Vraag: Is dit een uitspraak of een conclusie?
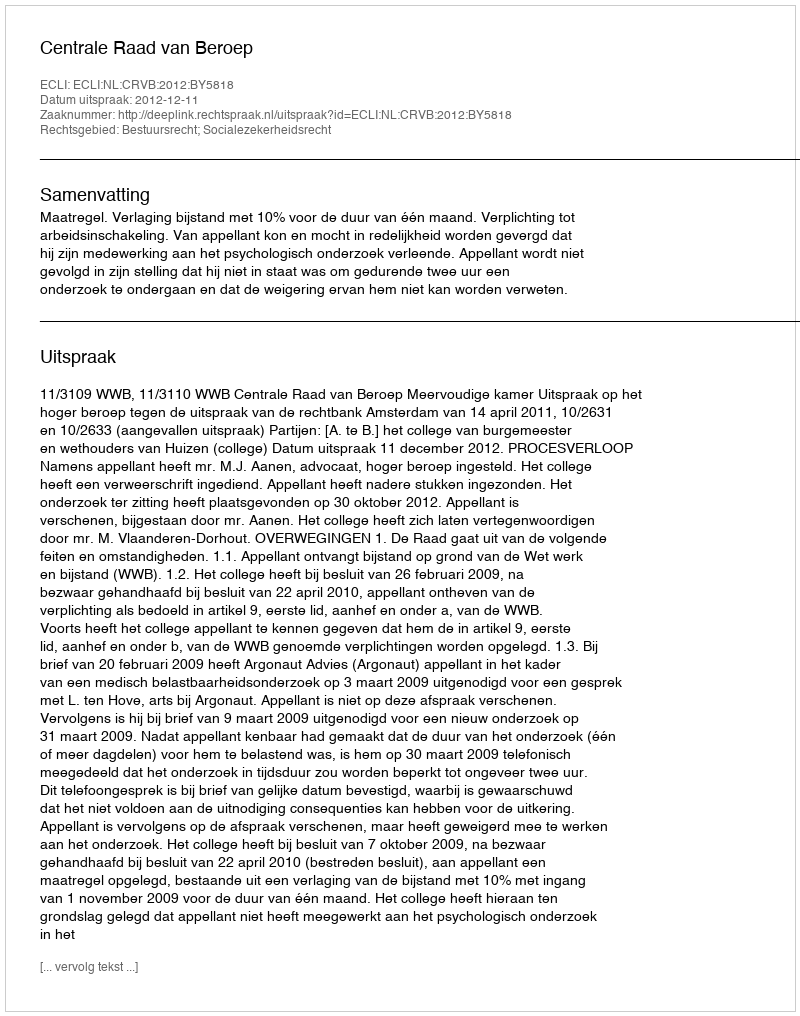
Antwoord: Uitspraak